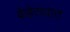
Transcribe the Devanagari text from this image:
केहेरव्यात